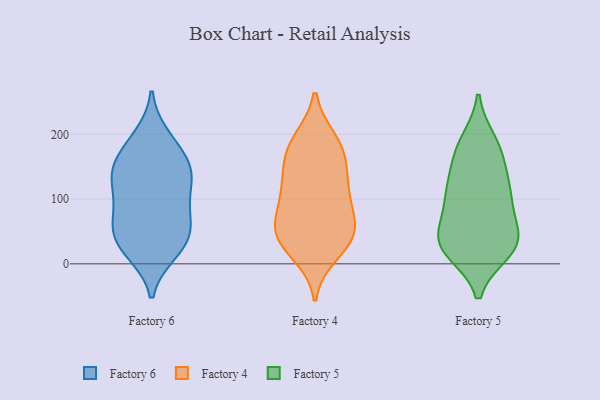
{"axis": {"x": "Population (Million)", "y": "Value"}, "legend": ["Factory 4", "Factory 5", "Factory 6"], "data": [{"x": "", "y": 108, "type": "Factory 6"}, {"x": "", "y": 196, "type": "Factory 6"}, {"x": "", "y": 76, "type": "Factory 6"}, {"x": "", "y": 156, "type": "Factory 6"}, {"x": "", "y": 21, "type": "Factory 6"}, {"x": "", "y": 51, "type": "Factory 6"}, {"x": "", "y": 148, "type": "Factory 6"}, {"x": "", "y": 124, "type": "Factory 6"}, {"x": "", "y": 74, "type": "Factory 6"}, {"x": "", "y": 67, "type": "Factory 6"}, {"x": "", "y": 156, "type": "Factory 6"}, {"x": "", "y": 18, "type": "Factory 6"}, {"x": "", "y": 37, "type": "Factory 6"}, {"x": "", "y": 122, "type": "Factory 6"}, {"x": "", "y": 34, "type": "Factory 6"}, {"x": "", "y": 187, "type": "Factory 6"}, {"x": "", "y": 141, "type": "Factory 6"}, {"x": "", "y": 46, "type": "Factory 4"}, {"x": "", "y": 191, "type": "Factory 4"}, {"x": "", "y": 57, "type": "Factory 4"}, {"x": "", "y": 114, "type": "Factory 4"}, {"x": "", "y": 93, "type": "Factory 4"}, {"x": "", "y": 101, "type": "Factory 4"}, {"x": "", "y": 138, "type": "Factory 4"}, {"x": "", "y": 45, "type": "Factory 4"}, {"x": "", "y": 29, "type": "Factory 4"}, {"x": "", "y": 44, "type": "Factory 4"}, {"x": "", "y": 172, "type": "Factory 4"}, {"x": "", "y": 188, "type": "Factory 4"}, {"x": "", "y": 65, "type": "Factory 4"}, {"x": "", "y": 171, "type": "Factory 4"}, {"x": "", "y": 16, "type": "Factory 4"}, {"x": "", "y": 132, "type": "Factory 4"}, {"x": "", "y": 189, "type": "Factory 5"}, {"x": "", "y": 19, "type": "Factory 5"}, {"x": "", "y": 116, "type": "Factory 5"}, {"x": "", "y": 37, "type": "Factory 5"}, {"x": "", "y": 183, "type": "Factory 5"}, {"x": "", "y": 156, "type": "Factory 5"}, {"x": "", "y": 92, "type": "Factory 5"}, {"x": "", "y": 32, "type": "Factory 5"}, {"x": "", "y": 101, "type": "Factory 5"}, {"x": "", "y": 110, "type": "Factory 5"}, {"x": "", "y": 61, "type": "Factory 5"}, {"x": "", "y": 171, "type": "Factory 5"}, {"x": "", "y": 29, "type": "Factory 5"}, {"x": "", "y": 121, "type": "Factory 5"}, {"x": "", "y": 30, "type": "Factory 5"}, {"x": "", "y": 47, "type": "Factory 5"}, {"x": "", "y": 19, "type": "Factory 5"}]}